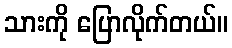
သားကို ပြောလိုက်တယ်။